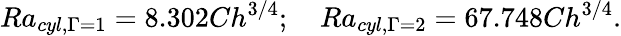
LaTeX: Ra_{cyl,\Gamma=1}=8.302Ch^{3/4};\quad Ra_{cyl,\Gamma=2}=67.748Ch^{3/4}.